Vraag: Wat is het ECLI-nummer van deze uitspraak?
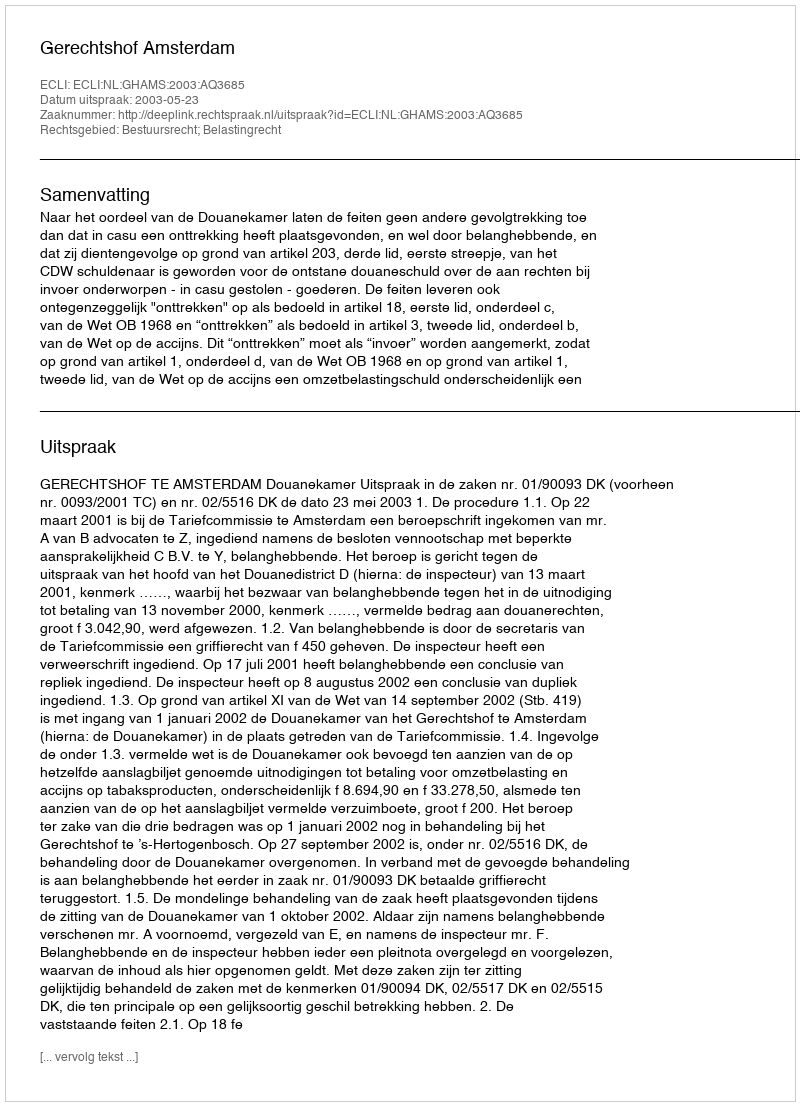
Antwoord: ECLI:NL:GHAMS:2003:AQ3685